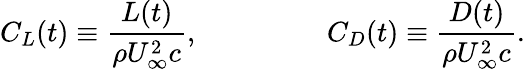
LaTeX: C_{L}(t)\equiv\frac{L(t)}{\rho U_{\infty}^{2}c},~\ ~\ ~\ ~\ ~\ ~\ ~\ ~\ ~\ C_{D}(t)\equiv\frac{D(t)}{\rho U_{\infty}^{2}c}.